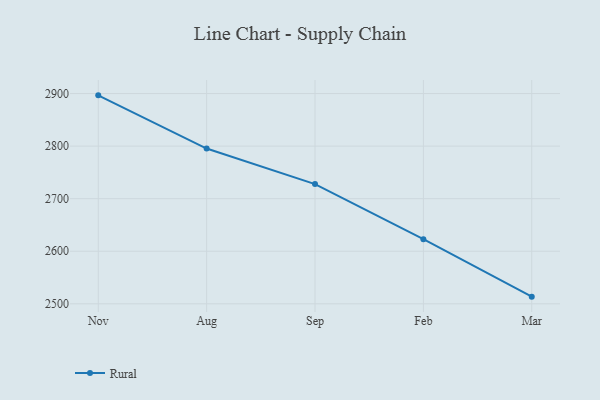
{"axis": {"x": "Month", "y": "Backlog"}, "legend": ["Rural"], "data": [{"x": "Nov", "y": 2896.6, "type": "Rural"}, {"x": "Aug", "y": 2795.4, "type": "Rural"}, {"x": "Sep", "y": 2727.7, "type": "Rural"}, {"x": "Feb", "y": 2623.0, "type": "Rural"}, {"x": "Mar", "y": 2513.6, "type": "Rural"}]}